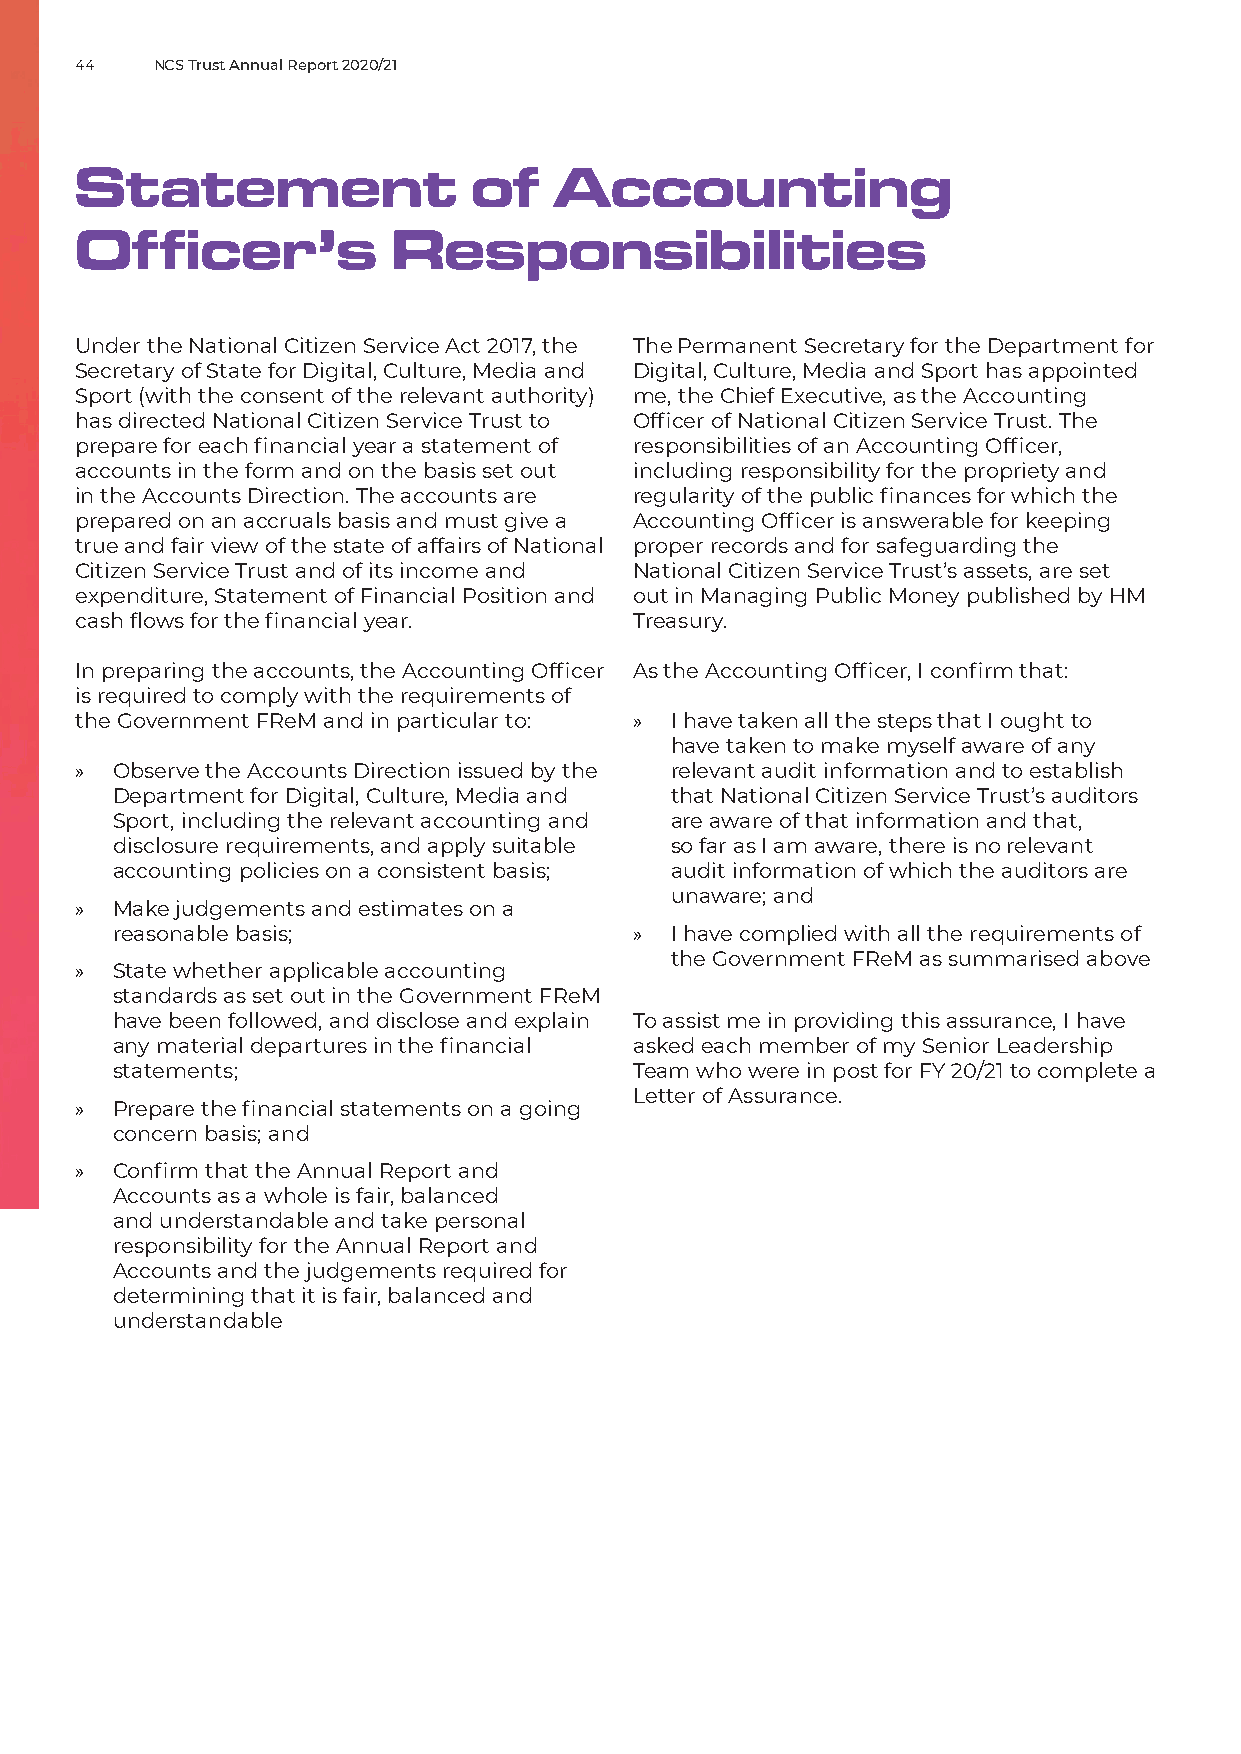
44   NCS Trust Annual Report 2020/21
 Statement                 of    Accounting
 Officer’s            Responsibilities
 Under the National Citizen Service Act 2017, the The Permanent Secretary for the Department for
 Secretary of State for Digital, Culture, Media and Digital, Culture, Media and Sport has appointed
 Sport (with the consent of the relevant authority) me, the Chief Executive, as the Accounting
 has directed National Citizen Service Trust to Officer of National Citizen Service Trust. The
 prepare for each financial year a statement of responsibilities of an Accounting Officer,
 accounts in the form and on the basis set out including responsibility for the propriety and
 in the Accounts Direction. The accounts are regularity of the public finances for which the
 prepared on an accruals basis and must give a Accounting Officer is answerable for keeping
 true and fair view of the state of affairs of National proper records and for safeguarding the
 Citizen Service Trust and of its income and National Citizen Service Trust’s assets, are set
 expenditure, Statement of Financial Position and out in Managing Public Money published by HM
 cash flows for the financial year.   Treasury.
 In preparing the accounts, the Accounting Officer As the Accounting Officer, I confirm that:
 is required to comply with the requirements of
 the Government FReM and in particular to: » I have taken all the steps that I ought to
 have taken to make myself aware of any
 »  Observe the Accounts Direction issued by the relevant audit information and to establish
 Department for Digital, Culture, Media and that National Citizen Service Trust’s auditors
 Sport, including the relevant accounting and are aware of that information and that,
 disclosure requirements, and apply suitable so far as I am aware, there is no relevant
 accounting policies on a consistent basis; audit information of which the auditors are
 unaware; and
 »  Make judgements and estimates on a
 reasonable basis;                 » I have complied with all the requirements of
 the Government FReM as summarised above
 »  State whether applicable accounting
 standards as set out in the Government FReM
 have been followed, and disclose and explain To assist me in providing this assurance, I have
 any material departures in the financial asked each member of my Senior Leadership
 statements;                       Team who were in post for FY 20/21 to complete a
 Letter of Assurance.
 »  Prepare the financial statements on a going
 concern basis; and
 »  Confirm that the Annual Report and
 Accounts as a whole is fair, balanced
 and understandable and take personal
 responsibility for the Annual Report and
 Accounts and the judgements required for
 determining that it is fair, balanced and
 understandable